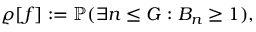
\varrho [ f ] : = \mathbb { P } ( \exists n \leq G : B _ { n } \geq 1 ) ,